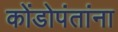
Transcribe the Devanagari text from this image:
कोंडोपंतांना